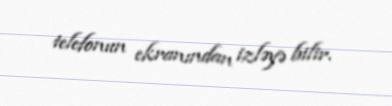
telefonun ekranından izləyə bilir.